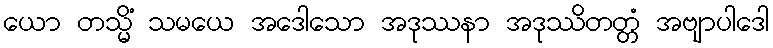
ယော တသ္မိံ သမယေ အဒေါသော အဒုဿနာ အဒုဿိတတ္တံ အဗျာပါဒေါ